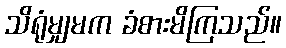
သိရုံမျှမက ခံစားမိကြသည်။